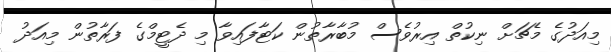
މިއަދުގެ މެޗަށް ނިކުތް އިރުވެސް މުބާރާތުން ކަޓާފައިވާ މި ދެޓީމްގެ ފަރާތުން މިއަދު